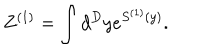
LaTeX: Z ^ { ( 1 ) } = \int d ^ { D } y e ^ { S ^ { ( 1 ) } ( y ) } .